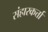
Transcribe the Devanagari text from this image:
संहारकर्त्ता